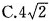
C.4 \sqrt{2}